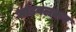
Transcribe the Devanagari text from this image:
भांडवलकर